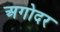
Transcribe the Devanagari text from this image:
अगोदर